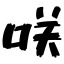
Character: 咲